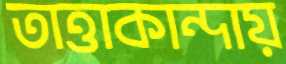
তাত্তাকান্দায়